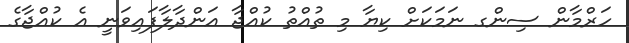
ހަރްމާން ސިންގ ނަމަކަށް ކިޔާ މި ތުއްތު ކުއްޖާ އަންދާލާފައިވަނީ އެ ކުއްޖާގެ